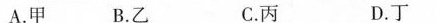
A.甲 B.乙 C.丙 D.丁